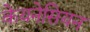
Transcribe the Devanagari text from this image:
केयनेसियन